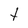
Character: t